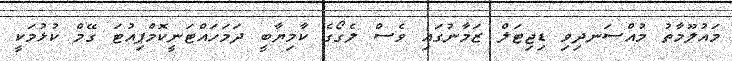
މައުލޫމާތު މުއްސަނދިވި ޑިޖިޓަލް ޒަމާނުގައި ވެސް ލެގޯގެ ކާމިޔާބީ ދަމަހައްޓަނީކޮމްޕިއުޓަ ގޭމް ކުޅުމަކީ